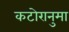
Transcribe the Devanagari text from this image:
कटोरानुमा